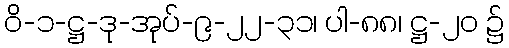
ဝိ-၁-ဋ္ဌ-ဒု-အုပ်-၉-၂၂-၃၁၊ ပါ-၈၈၊ ဋ္ဌ-၂၀ ၌